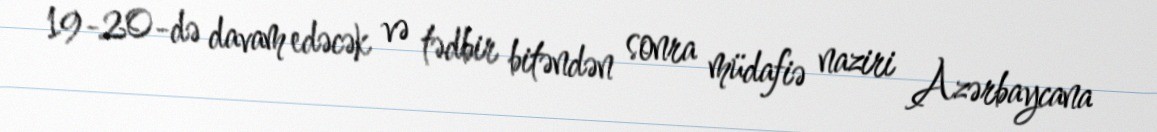
19-20-də davam edəcək və tədbir bitəndən sonra müdafiə naziri Azərbaycana